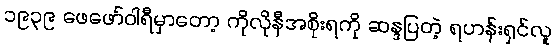
၁၉၃၉ ဖေဖော်ဝါရီမှာတော့ ကိုလိုနီအစိုးရကို ဆန္ဒပြတဲ့ ရဟန်းရှင်လူ